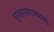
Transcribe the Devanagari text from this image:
प्रवासवर्णनाला